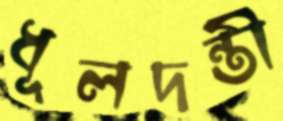
ধূলদন্তী